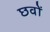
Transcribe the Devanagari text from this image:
छवों